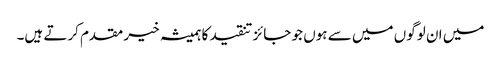
میں ان لوگوں میں سے ہوں جو جائز تنقید کا ہمیشہ خیر مقدم کرتے ہیں۔